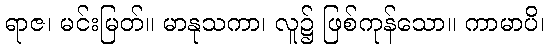
ရာဇ၊ မင်းမြတ်။ မာနုသကာ၊ လူ၌ ဖြစ်ကုန်သော။ ကာမာပိ၊